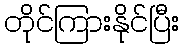
တိုင်ကြားနိုင်ပြီး